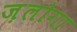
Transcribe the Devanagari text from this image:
ज़लोगा